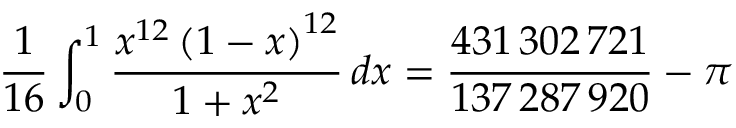
{ \frac { 1 } { 1 6 } } \int _ { 0 } ^ { 1 } { \frac { x ^ { 1 2 } \left( 1 - x \right) ^ { 1 2 } } { 1 + x ^ { 2 } } } \, d x = { \frac { 4 3 1 \, 3 0 2 \, 7 2 1 } { 1 3 7 \, 2 8 7 \, 9 2 0 } } - \pi